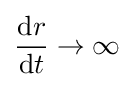
{\frac {{\text{d}}r}{{\text{d}}t}}\rightarrow \infty